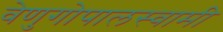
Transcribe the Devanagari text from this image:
वेणुगोपालस्‍वामी